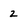
Character: 2